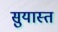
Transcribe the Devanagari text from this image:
सुयास्त